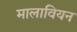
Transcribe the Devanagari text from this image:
मालावियन